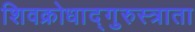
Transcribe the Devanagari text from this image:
शिवक्रोधाद्गुरुस्त्राता